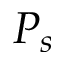
P _ { s }